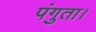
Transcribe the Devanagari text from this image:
पंगुता।